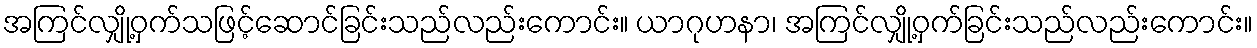
အကြင်လျှို့ဝှက်သဖြင့်ဆောင်ခြင်းသည်လည်းကောင်း။ ယာဂုဟနာ၊ အကြင်လျှို့ဝှက်ခြင်းသည်လည်းကောင်း။